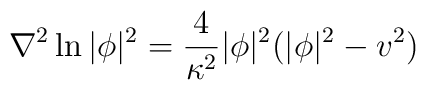
\nabla^2 \ln |\phi|^2=\frac{4}{\kappa^2}|\phi|^2(|\phi|^2-v^2)